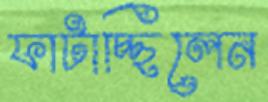
ফাটাচ্ছিলেন